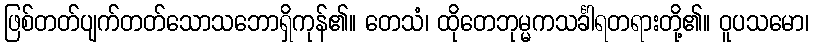
ဖြစ်တတ်ပျက်တတ်သောသဘောရှိကုန်၏။ တေသံ၊ ထိုတေဘုမ္မကသင်္ခါရတရားတို့၏။ ဝူပသမော၊